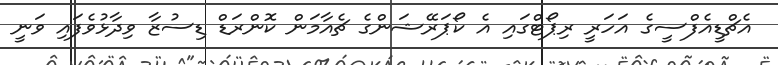
އެޗްޑީއެފްސީގެ އަހަރީ ރިޕޯޓްގައި އެ ކޯޕަރޭޝަންގެ ޗެއާމަން ކޮންރަޑް ޑިސުޒާ ވިދާޅުވެފައި ވަނީ